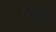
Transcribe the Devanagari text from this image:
सांगवे